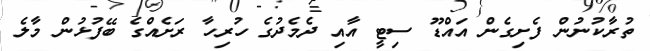
ތުރާކުނުން ފެށިގެން އައްޑޫ ސިޓީ އާއި ދެމެދުގެ ހުރިހާ ރަށެއްގެ ބޭފުޅުން މާލެ